Civil Veterinary Dept. Assam report 1927-50 - 1927-1950
Year: 1927
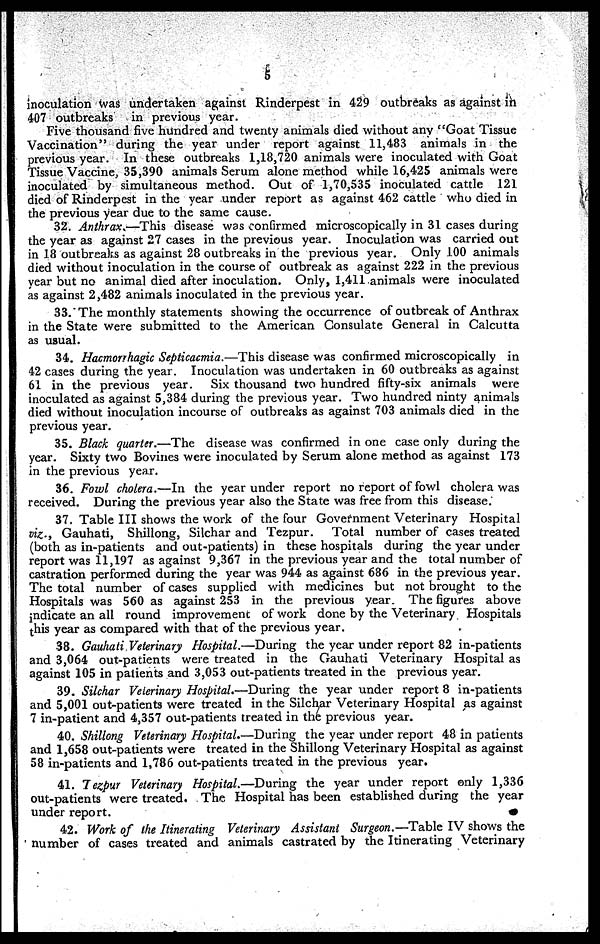
5
inoculation was undertaken against Rinderpest in 429 outbreaks as against in
407 outbreaks in previous year.
Five thousand five hundred and twenty animals died without any "Goat Tissue
Vaccination" during the year under report against 11,483 animals in the
previous year. In these outbreaks 1,18,720 animals were inoculated with Goat
Tissue Vaccine, 35,390 animals Serum alone method while 16,423 animals were
inoculated by simultaneous method. Out of 1,70,535 inoculated cattle 121
died of Rinderpest in the year under report as against 462 cattle who died in
the previous year due to the same cause.
32. Anthrax.—This disease was confirmed microscopically in 31 cases during
the year as against 27 cases in the previous year. Inoculation was carried out
in 18 outbreaks as against 28 outbreaks in the previous year. Only 100 animals
died without inoculation in the course of outbreak as against 222 in the previous
year but no animal died after inoculation. Only, 1,411 animals were inoculated
as against 2,482 animals inoculated in the previous year.
33. The monthly statements showing the occurrence of outbreak of Anthrax
in the State were submitted to the American Consulate General in Calcutta
as usual.
34. Hæmorihagic Septicaemia.—This disease was confirmed microscopically in
42 cases during the year. Inoculation was undertaken in 60 outbreaks as against
61 in the previous year. Six thousand two hundred fifty-six animals were
inoculated as against 5,384 during the previous year. Two hundred ninty animals
died without inoculation incourse of outbreaks as against 703 animals died in the
previous year.
35. Black quarter.—The disease was confirmed in one case only during the
year. Sixty two Bovines were inoculated by Serum alone method as against 173
in the previous year.
36. Fowl cholera.—In the year under report no report of fowl cholera was
received. During the previous year also the State was free from this disease.
37. Table III shows the work of the four Government Veterinary Hospital
viz., Gauhati, Shillong, Silchar and Tezpur. Total number of cases treated
(both as in-patients and out-patients) in these hospitals during the year under
report was 11,197 as against 9,367 in the previous year and the total number of
castration performed during the year was 944 as against 686 in the previous year.
The total number of cases supplied with medicines but not brought to the
Hospitals was 560 as against 253 in the previous year. The figures above
indicate an all round improvement of work done by the Veterinary Hospitals
his year as compared with that of the previous year.
38. Gauhati Veterinary Hospital.—During the year under report 82 in-patients
and 3,064 out-patients were treated in the Gauhati Veterinary Hospital as
against 105 in patients and 3,053 out-patients treated in the previous year.
39. Silchar Veterinary Hospital,—During the year under report 8 in-patients
and 5,001 out-patients were treated in the Silchar Veterinary Hospital as against
7 in-patient and 4,357 out-patients treated in the previous year.
40. Shillong Veterinary Hospital.—During the year under report 48 in patients
and 1,658 out-patients were treated in the Shillong Veterinary Hospital as against
58 in-patients and 1,786 out-patients treated in the previous year.
41. Tezpur Veterinary Hospital.—During the year under report only 1,336
out-patients were treated. The Hospital has been established during the year
under report.
42. Work of the Itinerating Veterinary Assistant Surgeon.—Table IV shows the
number of cases treated and animals castrated by the Itinerating Veterinary